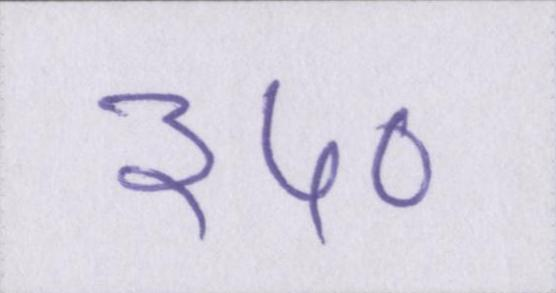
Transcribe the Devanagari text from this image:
३५०